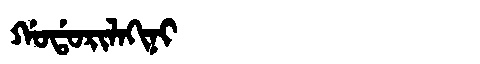
Manchu: ᡤᠣᡩᠣᡵᡳᠯᠠᡴᡳᠨᡳ
Romanization: GODORILAKINI